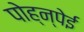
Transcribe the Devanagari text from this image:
पोह्न्पेई